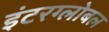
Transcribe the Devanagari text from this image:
इंटरग्लोबल